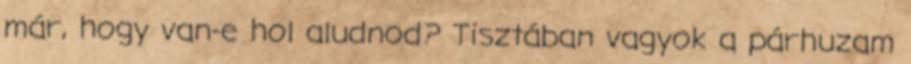
már, hogy van-e hol aludnod? Tisztában vagyok a párhuzam